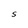
Character: S